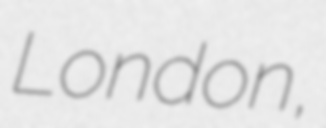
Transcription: London,